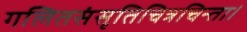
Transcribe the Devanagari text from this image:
गलितसंसृतिचित्रचिन्ता।